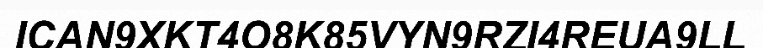
ICAN9XKT4O8K85VYN9RZI4REUA9LL